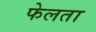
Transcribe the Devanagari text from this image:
फेलता